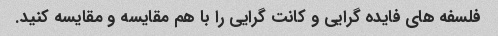
فلسفه های فایده گرایی و کانت گرایی را با هم مقایسه و مقایسه کنید.